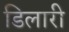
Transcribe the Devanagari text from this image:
डिलारी